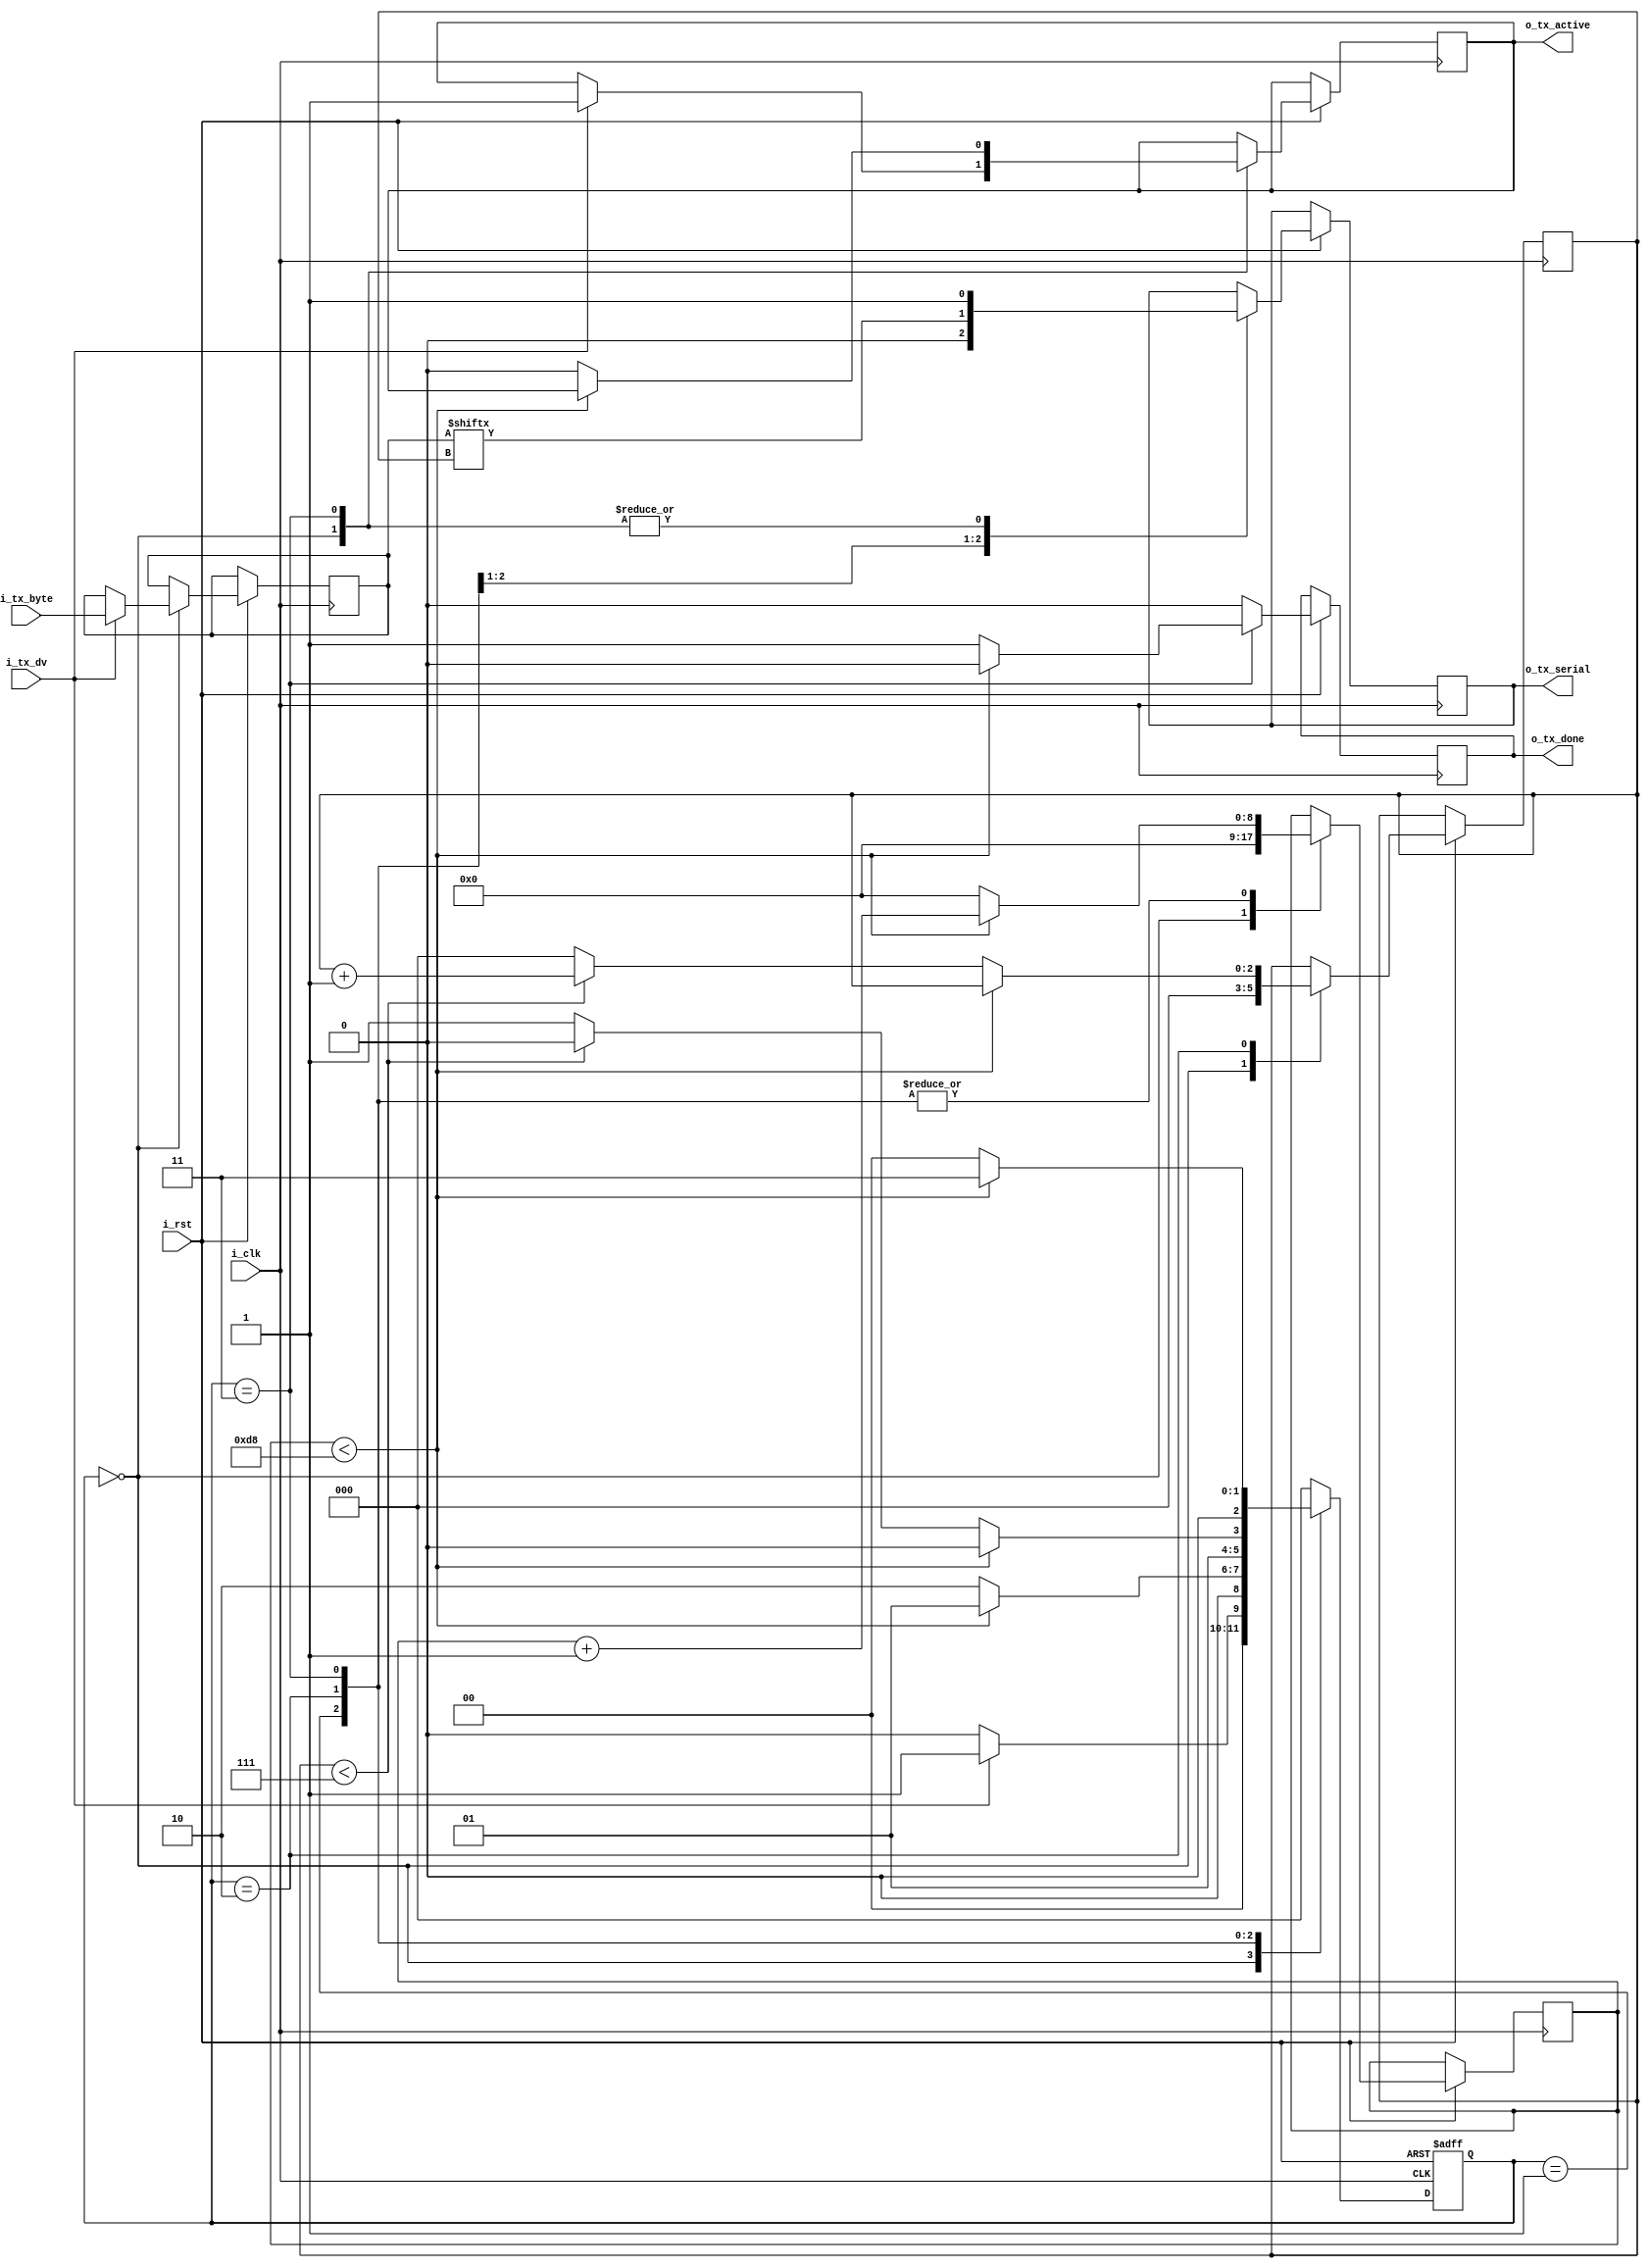
/* Nandland Project 8: UART (Universal Asynchronous Receiver Transmitter)
- UART1 only received, this one will also transmit
- data displayed by 2 digit 7 segment display are ASCII hex characters of key pressed
- this proj takes parallel data (as a byte) and serializes it, gets sent 1 bit at a time to computer
  then is displayed in terminal emulator

Proj desc: create loopback of data sent by computer. Go board receives data from the computer,
display it on two digit 7 segment display, transmit data back to the computer. 
- 115200 baud rate, 8 data bits, no parity, 1 stop bit, no flow control. 

- tx should happen after rx?  */

module UART_TX #(
  parameter CLKS_PER_BIT = 217
  ) (
  input       i_rst,        // added reset input
  input       i_clk,
  input       i_tx_dv,
  input [7:0] i_tx_byte,
  output reg  o_tx_active,
  output reg  o_tx_serial,
  output reg  o_tx_done
  );

  // 4 states for TX => 2 bits
  localparam IDLE         = 2'b00;
  localparam TX_START_BIT = 2'b01;
  localparam TX_DATA_BITS = 2'b10;
  localparam TX_STOP_BIT  = 2'b11;

  reg [2:0]                     r_state;        // same bits of RX
  reg [$clog2(CLKS_PER_BIT):0]  r_clk_count;    // set lim to clk_count
  reg [2:0]                     r_bit_index;
  reg [7:0]                     r_tx_data;

  // TX state machine
  always @(posedge i_clk or negedge i_rst) begin
    if (~i_rst) begin
      r_state <= 3'b000;
    end else begin
      o_tx_done <= 1'b0;

      case (r_state)
        IDLE: begin
          o_tx_serial <= 1'b1;  // drive line high for idle, different from rx_dv
          r_clk_count <= 0;
          r_bit_index <= 0;

          if (i_tx_dv == 1'b1) begin
            o_tx_active <= 1'b1;
            r_tx_data   <= i_tx_byte;
            r_state     <= TX_START_BIT;
          end else
            r_state <= IDLE;
        end

        // send start bit 1'b0 to serial
        TX_START_BIT: begin
          o_tx_serial <= 1'b0;

          if (r_clk_count < CLKS_PER_BIT-1) begin
            r_clk_count <= r_clk_count + 1;
            r_state     <= TX_START_BIT;
          end else begin
            r_clk_count <= 0;
            r_state     <= TX_DATA_BITS;
          end
        end

        // wait CLKS_PER_BIT-1 clk cycles for data bits to transfer
        TX_DATA_BITS: begin
          o_tx_serial <= r_tx_data[r_bit_index];

          if (r_clk_count < CLKS_PER_BIT-1) begin
            r_clk_count <= r_clk_count + 1;
            r_state     <= TX_DATA_BITS;
          end else begin
            r_clk_count <= 0;

            if (r_bit_index < 7) begin
              r_bit_index <= r_bit_index + 1;
              r_state     <= TX_DATA_BITS;
            end else begin
              r_bit_index <= 0;
              r_state     <= TX_STOP_BIT;
            end 
          end
        end

        TX_STOP_BIT: begin
          o_tx_serial <= 1'b1;

          if (r_clk_count < CLKS_PER_BIT-1) begin
            r_clk_count <= r_clk_count + 1;
            r_state     <= TX_STOP_BIT;
          end else begin
            o_tx_done   <= 1'b1;
            r_clk_count <= 0;
            r_state     <= IDLE;
            o_tx_active <= 1'b0;
          end
        end

        default:
          r_state <= IDLE;
      endcase
    end
  end
endmodule